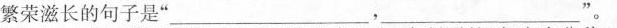
繁荣滋长的句子是” ___，___ ”。